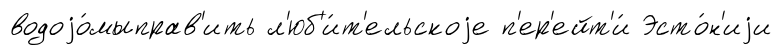
водоjо́мыправ'ить л'юб'и́т'ельскоjе п'ер'ейт'и́ Эсто́н'иjи